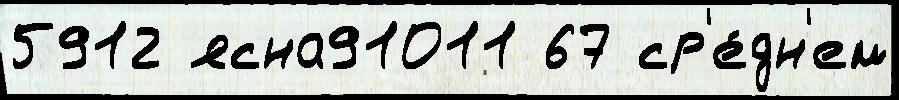
5912 ясна91011 67 ср'е́дн'ем